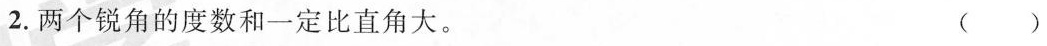
2.两个锐角的度数和一定比直角.(